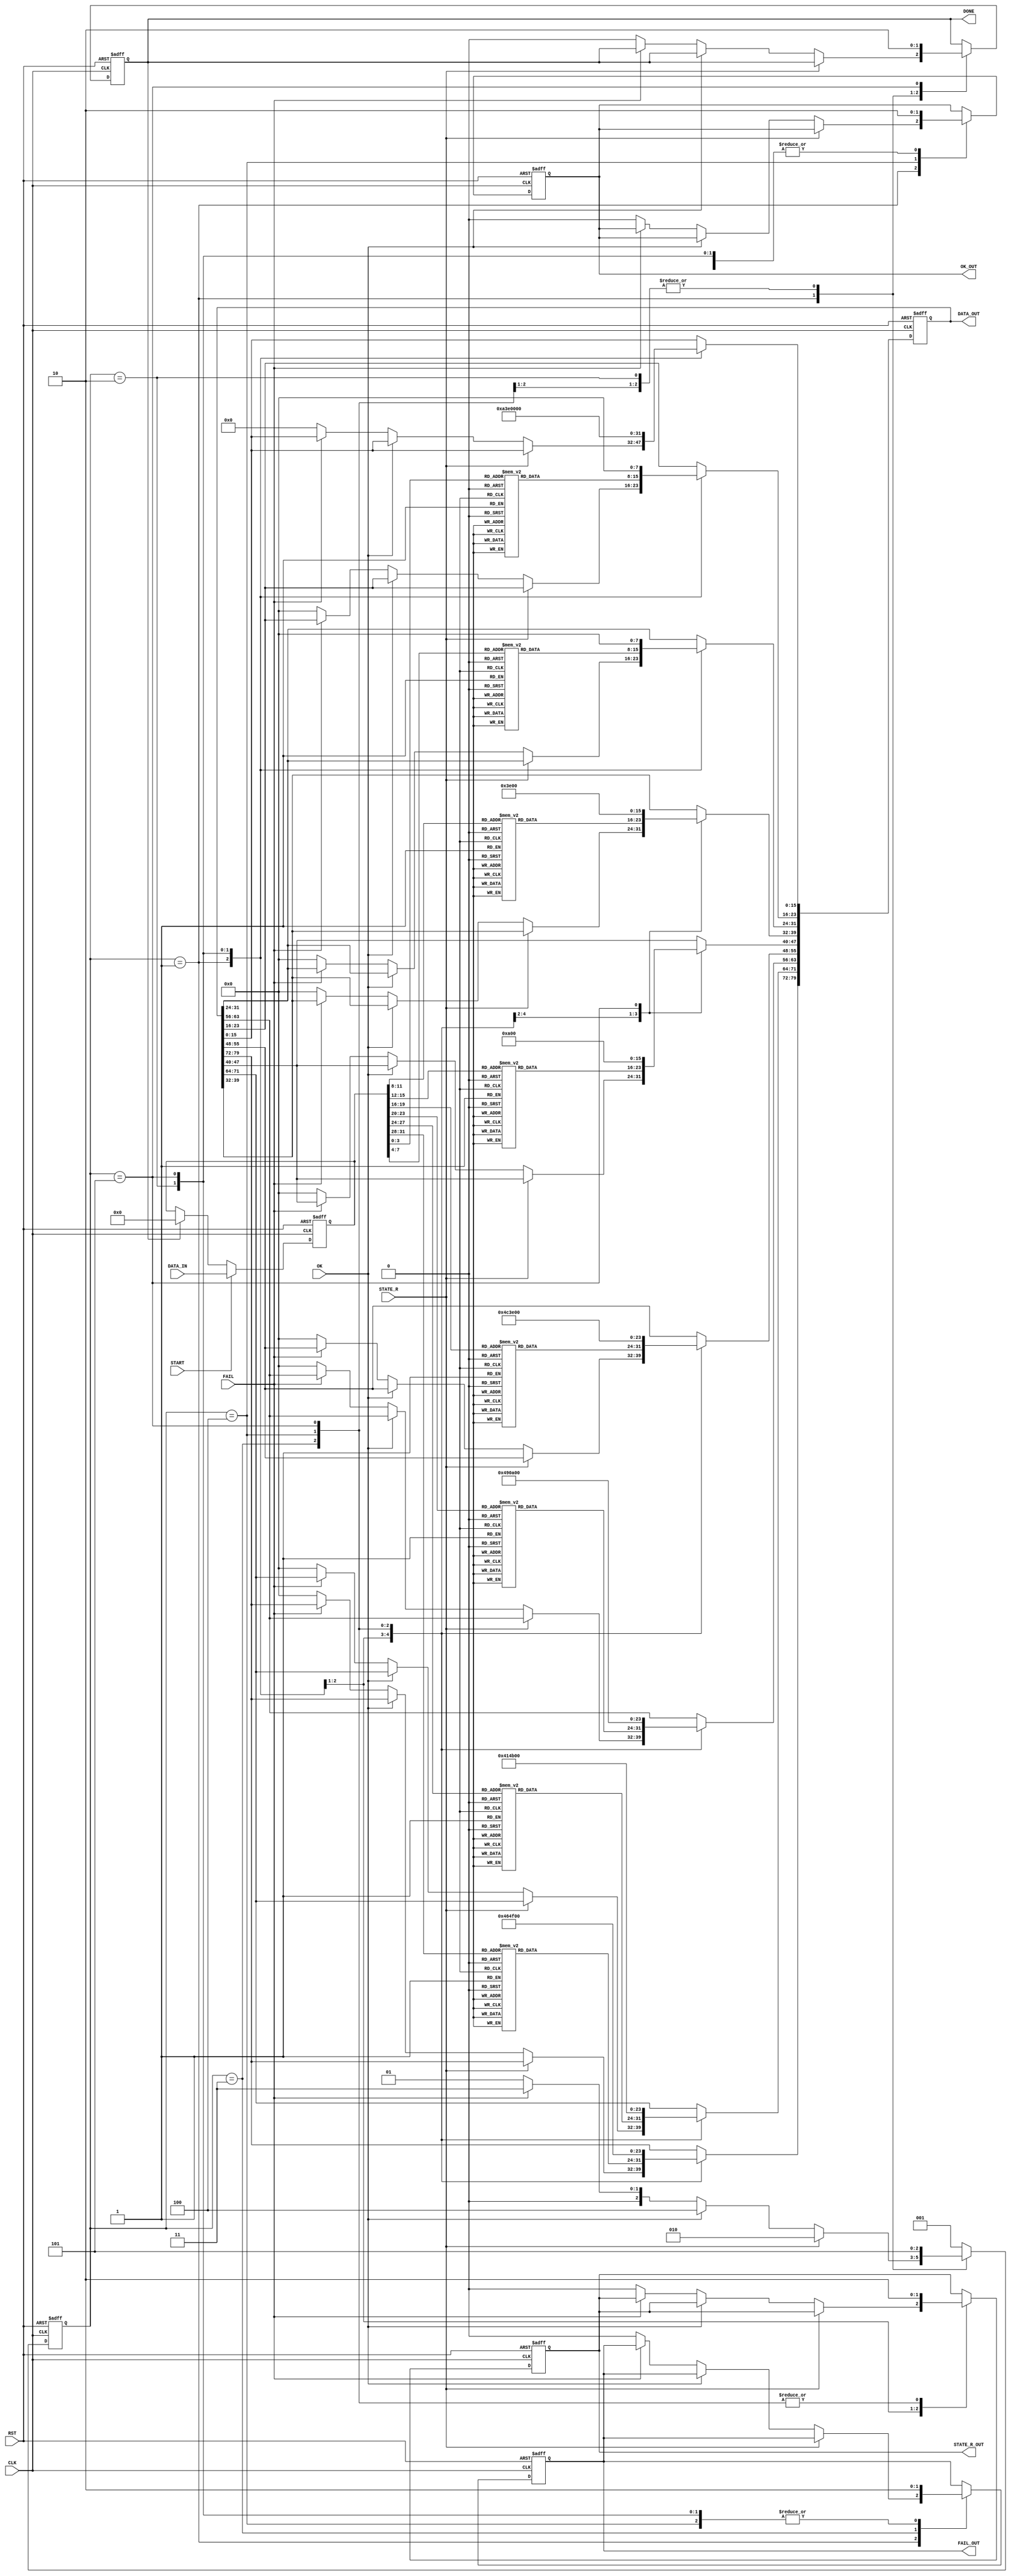
`timescale 1ns / 1ps

module UART_ENC(
	input wire			CLK,
	input wire			RST,
	input wire 	[31:0]	DATA_IN,
	input wire			FAIL,
	input wire			OK,
	input wire			STATE_R,
	input wire			START,


	output reg 	[79:0]	DATA_OUT,
	output reg			FAIL_OUT,
	output reg			OK_OUT,
	output reg			STATE_R_OUT,
	output reg 			DONE
	);
	
	reg [2:0] 	STATE;
	reg [31:0] 	DATA_BUF;
	//reg 		BEGIN;
	
	parameter IDLE 			= 3'b001;
	parameter STATE_DATA 	= 3'b010;
	parameter STATE_FAIL 	= 3'b011;
	parameter STATE_OK 		= 3'b100;
	parameter STOP 			= 3'b101;

	always @(posedge CLK or posedge RST) begin
		if (RST) begin
			// reset
			DATA_BUF 	<= 32'b0;
			//BEGIN 		<= 1'b0;
		end
		else if (START) begin
			DATA_BUF 	<= DATA_IN;
			//BEGIN 		<= 1'b1;
		end
		else if (DONE) begin
			DATA_BUF 	<= 32'b0;
			//BEGIN 		<= 1'b0;
		end
		else begin
			DATA_BUF 	<= DATA_BUF;
		end
	end

	always @(posedge CLK or posedge RST) begin
		if (RST) begin
			// reset
			STATE 		<= IDLE;
			DATA_OUT 	<= 80'b0;
			FAIL_OUT	<= 1'b0;
			OK_OUT 		<= 1'b0;
			STATE_R_OUT <= 1'b0;
			STATE 		<= 3'b001;
			DONE 		<= 1'b0;
		end
		else begin
			case (STATE)
				IDLE: begin
					if (STATE_R) begin
						STATE <= STATE_DATA;
					end
					else if (OK) begin
						STATE <= STATE_OK;
					end
					else if (FAIL) begin
						STATE <= STATE_FAIL;
					end
					else begin
						STATE 		<= IDLE;
						DATA_OUT 	<= 80'b0;
						FAIL_OUT	<= 1'b0;
						OK_OUT 		<= 1'b0;
						STATE_R_OUT <= 1'b0;
						DONE 		<= 1'b0;
					end
				end

				STATE_DATA: begin
					case (DATA_BUF[3:0])
						4'h0: DATA_OUT[23:16] <= 8'h30;
						4'h1: DATA_OUT[23:16] <= 8'h31;
						4'h2: DATA_OUT[23:16] <= 8'h32;
						4'h3: DATA_OUT[23:16] <= 8'h33;
						4'h4: DATA_OUT[23:16] <= 8'h34;
						4'h5: DATA_OUT[23:16] <= 8'h35;
						4'h6: DATA_OUT[23:16] <= 8'h36;
						4'h7: DATA_OUT[23:16] <= 8'h37;
						4'h8: DATA_OUT[23:16] <= 8'h38;
						4'h9: DATA_OUT[23:16] <= 8'h39;
						4'hA: DATA_OUT[23:16] <= 8'h41;
						4'hB: DATA_OUT[23:16] <= 8'h42;
						4'hC: DATA_OUT[23:16] <= 8'h43;
						4'hD: DATA_OUT[23:16] <= 8'h44;
						4'hE: DATA_OUT[23:16] <= 8'h45;
						4'hF: DATA_OUT[23:16] <= 8'h46;
					endcase
					case (DATA_BUF[7:4])
						4'h0: DATA_OUT[31:24] <= 8'h30;
						4'h1: DATA_OUT[31:24] <= 8'h31;
						4'h2: DATA_OUT[31:24] <= 8'h32;
						4'h3: DATA_OUT[31:24] <= 8'h33;
						4'h4: DATA_OUT[31:24] <= 8'h34;
						4'h5: DATA_OUT[31:24] <= 8'h35;
						4'h6: DATA_OUT[31:24] <= 8'h36;
						4'h7: DATA_OUT[31:24] <= 8'h37;
						4'h8: DATA_OUT[31:24] <= 8'h38;
						4'h9: DATA_OUT[31:24] <= 8'h39;
						4'hA: DATA_OUT[31:24] <= 8'h41;
						4'hB: DATA_OUT[31:24] <= 8'h42;
						4'hC: DATA_OUT[31:24] <= 8'h43;
						4'hD: DATA_OUT[31:24] <= 8'h44;
						4'hE: DATA_OUT[31:24] <= 8'h45;
						4'hF: DATA_OUT[31:24] <= 8'h46;
					endcase
					case (DATA_BUF[11:8])
						4'h0: DATA_OUT[39:32] <= 8'h30;
						4'h1: DATA_OUT[39:32] <= 8'h31;
						4'h2: DATA_OUT[39:32] <= 8'h32;
						4'h3: DATA_OUT[39:32] <= 8'h33;
						4'h4: DATA_OUT[39:32] <= 8'h34;
						4'h5: DATA_OUT[39:32] <= 8'h35;
						4'h6: DATA_OUT[39:32] <= 8'h36;
						4'h7: DATA_OUT[39:32] <= 8'h37;
						4'h8: DATA_OUT[39:32] <= 8'h38;
						4'h9: DATA_OUT[39:32] <= 8'h39;
						4'hA: DATA_OUT[39:32] <= 8'h41;
						4'hB: DATA_OUT[39:32] <= 8'h42;
						4'hC: DATA_OUT[39:32] <= 8'h43;
						4'hD: DATA_OUT[39:32] <= 8'h44;
						4'hE: DATA_OUT[39:32] <= 8'h45;
						4'hF: DATA_OUT[39:32] <= 8'h46;
					endcase
					case (DATA_BUF[15:12])
						4'h0: DATA_OUT[47:40] <= 8'h30;
						4'h1: DATA_OUT[47:40] <= 8'h31;
						4'h2: DATA_OUT[47:40] <= 8'h32;
						4'h3: DATA_OUT[47:40] <= 8'h33;
						4'h4: DATA_OUT[47:40] <= 8'h34;
						4'h5: DATA_OUT[47:40] <= 8'h35;
						4'h6: DATA_OUT[47:40] <= 8'h36;
						4'h7: DATA_OUT[47:40] <= 8'h37;
						4'h8: DATA_OUT[47:40] <= 8'h38;
						4'h9: DATA_OUT[47:40] <= 8'h39;
						4'hA: DATA_OUT[47:40] <= 8'h41;
						4'hB: DATA_OUT[47:40] <= 8'h42;
						4'hC: DATA_OUT[47:40] <= 8'h43;
						4'hD: DATA_OUT[47:40] <= 8'h44;
						4'hE: DATA_OUT[47:40] <= 8'h45;
						4'hF: DATA_OUT[47:40] <= 8'h46;
					endcase
					case (DATA_BUF[19:16])
						4'h0: DATA_OUT[55:48] <= 8'h30;
						4'h1: DATA_OUT[55:48] <= 8'h31;
						4'h2: DATA_OUT[55:48] <= 8'h32;
						4'h3: DATA_OUT[55:48] <= 8'h33;
						4'h4: DATA_OUT[55:48] <= 8'h34;
						4'h5: DATA_OUT[55:48] <= 8'h35;
						4'h6: DATA_OUT[55:48] <= 8'h36;
						4'h7: DATA_OUT[55:48] <= 8'h37;
						4'h8: DATA_OUT[55:48] <= 8'h38;
						4'h9: DATA_OUT[55:48] <= 8'h39;
						4'hA: DATA_OUT[55:48] <= 8'h41;
						4'hB: DATA_OUT[55:48] <= 8'h42;
						4'hC: DATA_OUT[55:48] <= 8'h43;
						4'hD: DATA_OUT[55:48] <= 8'h44;
						4'hE: DATA_OUT[55:48] <= 8'h45;
						4'hF: DATA_OUT[55:48] <= 8'h46;
					endcase
					case (DATA_BUF[23:20])
						4'h0: DATA_OUT[63:56] <= 8'h30;
						4'h1: DATA_OUT[63:56] <= 8'h31;
						4'h2: DATA_OUT[63:56] <= 8'h32;
						4'h3: DATA_OUT[63:56] <= 8'h33;
						4'h4: DATA_OUT[63:56] <= 8'h34;
						4'h5: DATA_OUT[63:56] <= 8'h35;
						4'h6: DATA_OUT[63:56] <= 8'h36;
						4'h7: DATA_OUT[63:56] <= 8'h37;
						4'h8: DATA_OUT[63:56] <= 8'h38;
						4'h9: DATA_OUT[63:56] <= 8'h39;
						4'hA: DATA_OUT[63:56] <= 8'h41;
						4'hB: DATA_OUT[63:56] <= 8'h42;
						4'hC: DATA_OUT[63:56] <= 8'h43;
						4'hD: DATA_OUT[63:56] <= 8'h44;
						4'hE: DATA_OUT[63:56] <= 8'h45;
						4'hF: DATA_OUT[63:56] <= 8'h46;
					endcase
					case (DATA_BUF[27:24])
						4'h0: DATA_OUT[71:64] <= 8'h30;
						4'h1: DATA_OUT[71:64] <= 8'h31;
						4'h2: DATA_OUT[71:64] <= 8'h32;
						4'h3: DATA_OUT[71:64] <= 8'h33;
						4'h4: DATA_OUT[71:64] <= 8'h34;
						4'h5: DATA_OUT[71:64] <= 8'h35;
						4'h6: DATA_OUT[71:64] <= 8'h36;
						4'h7: DATA_OUT[71:64] <= 8'h37;
						4'h8: DATA_OUT[71:64] <= 8'h38;
						4'h9: DATA_OUT[71:64] <= 8'h39;
						4'hA: DATA_OUT[71:64] <= 8'h41;
						4'hB: DATA_OUT[71:64] <= 8'h42;
						4'hC: DATA_OUT[71:64] <= 8'h43;
						4'hD: DATA_OUT[71:64] <= 8'h44;
						4'hE: DATA_OUT[71:64] <= 8'h45;
						4'hF: DATA_OUT[71:64] <= 8'h46;
					endcase
					case (DATA_BUF[31:28])
						4'h0: DATA_OUT[79:72] <= 8'h30;
						4'h1: DATA_OUT[79:72] <= 8'h31;
						4'h2: DATA_OUT[79:72] <= 8'h32;
						4'h3: DATA_OUT[79:72] <= 8'h33;
						4'h4: DATA_OUT[79:72] <= 8'h34;
						4'h5: DATA_OUT[79:72] <= 8'h35;
						4'h6: DATA_OUT[79:72] <= 8'h36;
						4'h7: DATA_OUT[79:72] <= 8'h37;
						4'h8: DATA_OUT[79:72] <= 8'h38;
						4'h9: DATA_OUT[79:72] <= 8'h39;
						4'hA: DATA_OUT[79:72] <= 8'h41;
						4'hB: DATA_OUT[79:72] <= 8'h42;
						4'hC: DATA_OUT[79:72] <= 8'h43;
						4'hD: DATA_OUT[79:72] <= 8'h44;
						4'hE: DATA_OUT[79:72] <= 8'h45;
						4'hF: DATA_OUT[79:72] <= 8'h46;
					endcase
					DATA_OUT[15:0] 	<= 16'h0A3E;
					DONE 			<= 1'b1;
					STATE 			<= STOP;
					STATE_R_OUT 	<= 1'b1;
					OK_OUT 			<= 1'b0;
					FAIL_OUT 		<= 1'b0;
				end

				STATE_FAIL: begin
					DATA_OUT[79:48] <= 32'h4641_494C;
					DATA_OUT[47:32] <= 16'h0A3E;
					DONE 			<= 1'b1;
					STATE 			<= STOP;
					STATE_R_OUT 	<= 1'b0;
					OK_OUT 			<= 1'b0;
					FAIL_OUT 		<= 1'b1;
				end

				STATE_OK: begin
					DATA_OUT[79:64] <= 16'h4F4B;
					DATA_OUT[63:48] <= 16'h0A3E;
					DONE 			<= 1'b1;
					STATE 			<= STOP;
					STATE_R_OUT 	<= 1'b0;
					OK_OUT 			<= 1'b1;
					FAIL_OUT 		<= 1'b0;
				end

				STOP: begin
					STATE <= IDLE;
					DATA_OUT 	<= 80'b0;
					FAIL_OUT	<= 1'b0;
					OK_OUT 		<= 1'b0;
					STATE_R_OUT <= 1'b0;
					DONE 		<= 1'b0;
				end

				default: begin
					STATE <= IDLE;
				end
			endcase
		end
	end

endmodule